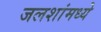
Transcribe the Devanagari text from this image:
जलशांमध्ये